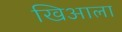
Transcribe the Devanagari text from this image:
खिआला